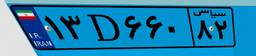
۱۳D۶۶۰۸۲